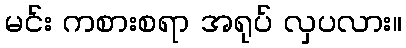
မင်း ကစားစရာ အရုပ် လှပလား။